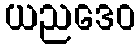
ယညဒေဝ